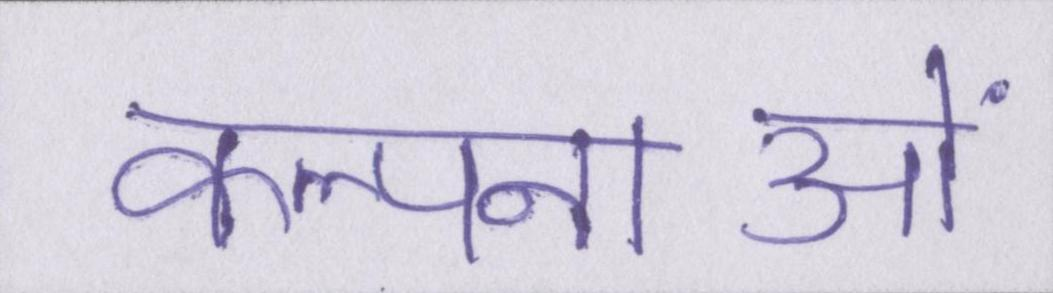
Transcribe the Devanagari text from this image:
कल्पनाओं